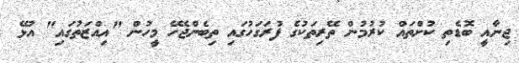
ޖިނާއީ ބޮޑެތި ކުށްތައް ކުރުމުން ތޭރިތަކުގެ ފުރަގަހުގައި ތިބެންޖެހޭ މީހުން "އިއްޒަތުގައި" އުޅޭ